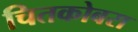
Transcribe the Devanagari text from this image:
चितकोबरा